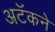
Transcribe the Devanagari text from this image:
अटॅकने